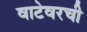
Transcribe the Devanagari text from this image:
वाटेवरची